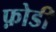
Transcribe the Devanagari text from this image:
फ़ोडी